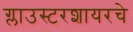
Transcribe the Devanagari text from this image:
ग्लाउस्टरशायरचे